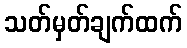
သတ်မှတ်ချက်ထက်